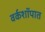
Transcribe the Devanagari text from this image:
वर्कशॉपात